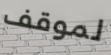
لموقف